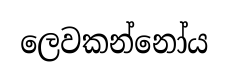
ලෙවකන්නෝය